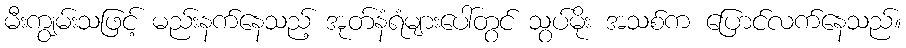
မီးကျွမ်းသဖြင့် မည်းနက်နေသည့် အုတ်နံရံများပေါ်တွင် သွပ်မိုး အသစ်က ပြောင်လက်နေသည်။